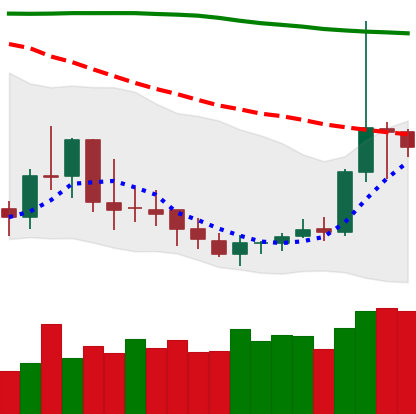
Ticker: DOGE-USD
Chart end date: 2019-09-20
Forward return: -17.777%
Label: down_7plus